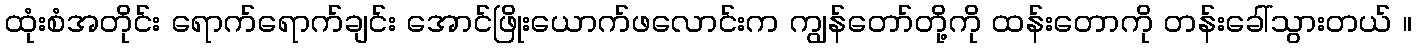
ထုံးစံအတိုင်း ရောက်ရောက်ချင်း အောင်ဖြိုးယောက်ဖလောင်းက ကျွန်တော်တို့ကို ထန်းတောကို တန်းခေါ်သွားတယ် ။